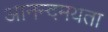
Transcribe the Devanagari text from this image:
आनन्दमयता